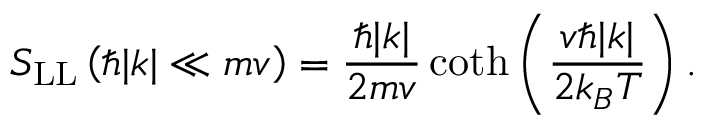
S _ { \mathrm { L L } } \left( \hbar | k | \ll m v \right) = \frac { \hbar | k | } { 2 m v } \coth \left( \frac { v \hbar | k | } { 2 k _ { B } T } \right) .